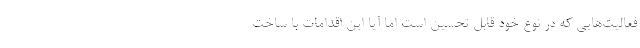
فعالیت‌هایی که در نوع خود قابل تحسین است اما آیا این اقدامات با ساخت